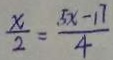
\frac { x } { 2 } = \frac { 5 x - 1 7 } { 4 }